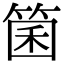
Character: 箘